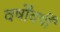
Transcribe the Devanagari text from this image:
वर्षोंवर्षीं